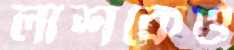
লাশকেও